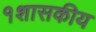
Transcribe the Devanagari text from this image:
१शासकीय